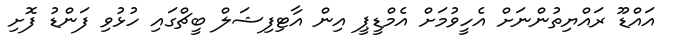
އައްޑޫ ރައްޔިތުންނަށް އެހީވުމަށް އެމްޑީޕީ އިން އާޓިފިޝަލް ބީޗްގައި ހުޅުވި ފަންޑު ފޮށި